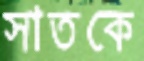
সাতকে